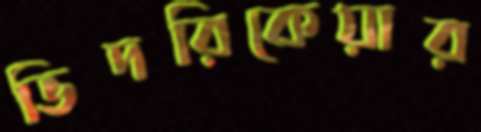
ভিদরিকেয়ার